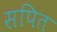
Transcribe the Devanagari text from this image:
सपित